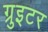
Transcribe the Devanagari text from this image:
ग्रुइटर